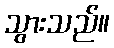
သွားသည်။